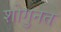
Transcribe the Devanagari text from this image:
शोगुनत